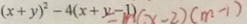
( x + y ) ^ { 2 } - 4 ( x + y - 1 ) ( x - 2 ) ( m - 1 )